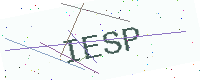
Text: IESP